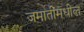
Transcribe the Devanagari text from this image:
जमातींमधील